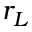
r _ { L }